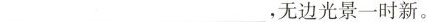
___，无边光景一时新。